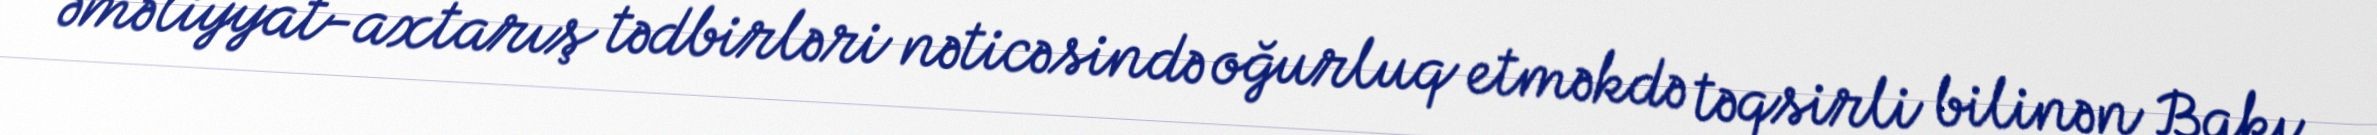
əməliyyat-axtarış tədbirləri nəticəsində oğurluq etməkdə təqsirli bilinən Bakı